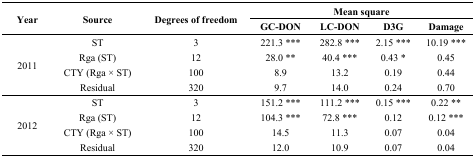
| <ROWSPAN=2> Year | <ROWSPAN=2> Source | <ROWSPAN=2> Degrees of freedom | <COLSPAN=4> Mean square |
 | GC-DON | LC-DON | D3G | Damage |
 | --- | --- | --- | --- | --- | --- | --- |
 | <ROWSPAN=4> 2011 | ST | 3 | 221.3 *** | 282.8 *** | 2.15 *** | 10.19 *** |
 | Rga (ST) | 12 | 28.0 ** | 40.4 *** | 0.43 * | 0.45 |
 | CTY (Rga × ST) | 100 | 8.9 | 13.2 | 0.19 | 0.44 |
 | Residual | 320 | 9.7 | 14.0 | 0.24 | 0.70 |
 | <ROWSPAN=4> 2012 | ST | 3 | 151.2 *** | 111.2 *** | 0.15 *** | 0.22 ** |
 | Rga (ST) | 12 | 104.3 *** | 72.8 *** | 0.12 | 0.12 *** |
 | CTY (Rga × ST) | 100 | 14.5 | 11.3 | 0.07 | 0.04 |
 | Residual | 320 | 12.0 | 10.9 | 0.07 | 0.04 |